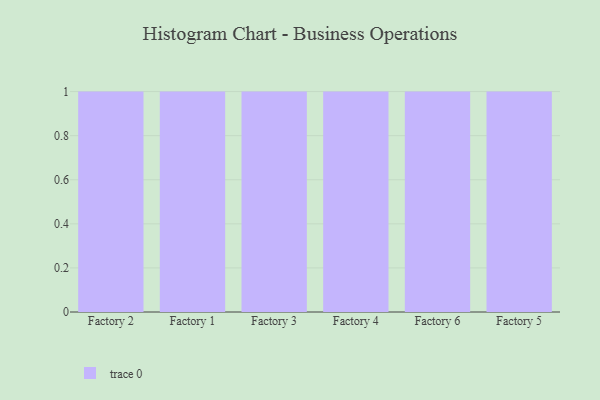
{"axis": {"x": "Factory", "y": "Production Output"}, "legend": [""], "data": [{"x": "Factory 2", "y": 88, "type": ""}, {"x": "Factory 1", "y": 7, "type": ""}, {"x": "Factory 3", "y": 10, "type": ""}, {"x": "Factory 4", "y": 42, "type": ""}, {"x": "Factory 6", "y": 54, "type": ""}, {"x": "Factory 5", "y": 31, "type": ""}]}